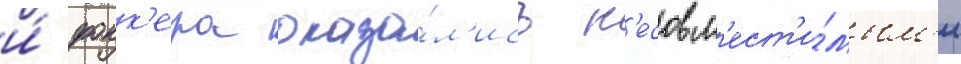
и́ фокк'ера оказа́л'ись н'есовм'ест'и́мым'и